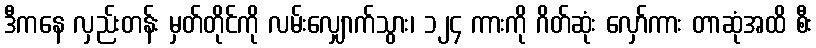
ဒီကနေ လှည်းတန်း မှတ်တိုင်ကို လမ်းလျှောက်သွား၊ ၁၂၄ ကားကို ဂိတ်ဆုံး လှော်ကား တာဆုံအထိ စီး